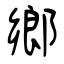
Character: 鄉